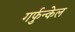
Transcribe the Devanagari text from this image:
गर्फुन्केल